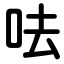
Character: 呿